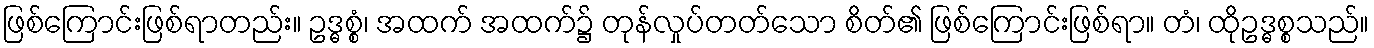
ဖြစ်ကြောင်းဖြစ်ရာတည်း။ ဥဒ္ဓစ္စံ၊ အထက် အထက်၌ တုန်လှုပ်တတ်သော စိတ်၏ ဖြစ်ကြောင်းဖြစ်ရာ။ တံ၊ ထိုဥဒ္ဓစ္စသည်။